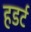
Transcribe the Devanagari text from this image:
हडर्ट